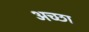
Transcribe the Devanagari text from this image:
अच्छा